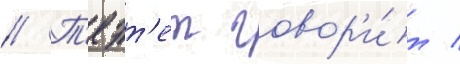
// Т'еэт'ет говор'и́т /